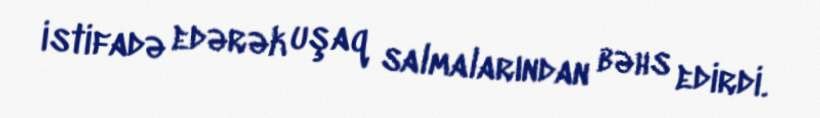
istifadə edərək uşaq salmalarından bəhs edirdi.